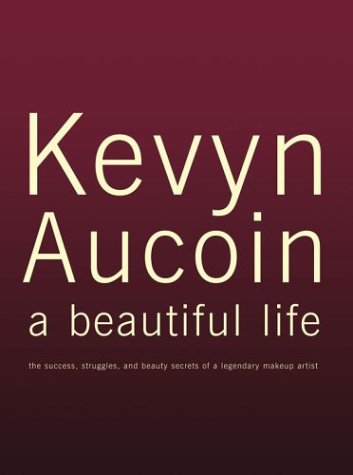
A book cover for Kevyn Aucoin: A Beautiful Life; Kerry Diamond; Health, Fitness & Dieting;